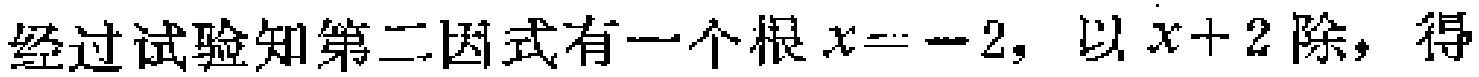
经过试验知第二因式有一个根\(x = - 2\)，以\(x + 2\)除，得